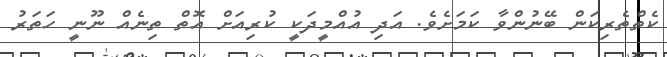
ކެތްތެރިކަން ބޭނުންވާ ކަމަށެވެ. އަދި އުއްމީދަކީ ކުރިއަށް އޮތް ތިނެއް ނޫނީ ހަަތަރު